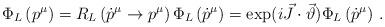
LaTeX: \begin{align*}\Phi _{L}\left( p^{\mu }\right) = R_{L}\left( \dot p^{\mu }\to p^{\mu }\right)\Phi _{L}\left( \dot p^{\mu }\right) =\exp (i\vec{J}\cdot \vec{\vartheta })\Phi _{L}\left( \dot p^{\mu }\right)\, . \end{align*}